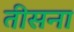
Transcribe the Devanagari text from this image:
तीसना